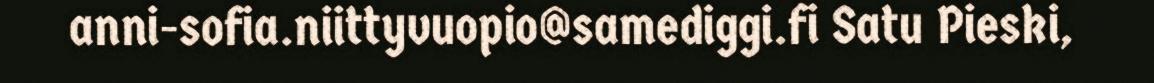
anni-sofia.niittyvuopio@samediggi.fi Satu Pieski,